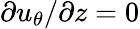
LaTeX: \partial u_{\theta}/\partial z=0